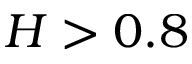
H > 0 . 8